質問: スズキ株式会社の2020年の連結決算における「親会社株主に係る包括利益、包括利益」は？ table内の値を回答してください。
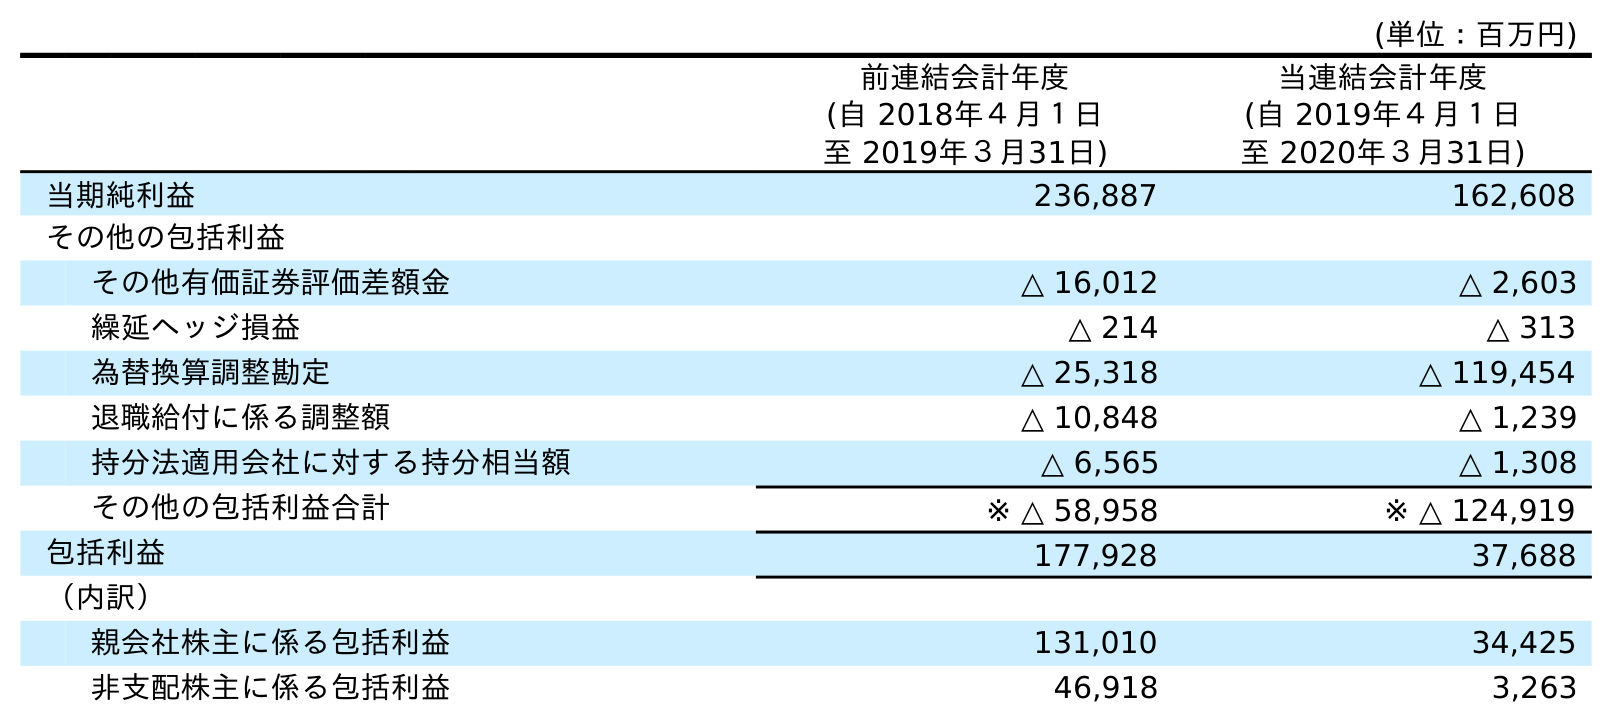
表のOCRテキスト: (単位：百万円) 前連結会計年度 (自 2018年４月１日 至 2019年３月31日) 当連結会計年度 (自 2019年４月１日 至 2020年３月31日) 当期純利益 236,887 162,608 その他の包括利益 その他有価証券評価差額金 △ 16,012 △ 2,603 繰延ヘッジ損益 △ 214 △ 313 為替換算調整勘定 △ 25,318 △ 119,454 退職給付に係る調整額 △ 10,848 △ 1,239 持分法適用会社に対する持分相当額 △ 6,565 △ 1,308 その他の包括利益合計 ※ △ 58,958 ※ △ 124,919 包括利益 177,928 37,688 （内訳） 親会社株主に係る包括利益 131,010 34,425 非支配株主に係る包括利益 46,918 3,263
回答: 34,425